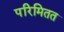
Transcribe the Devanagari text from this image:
परिमितत